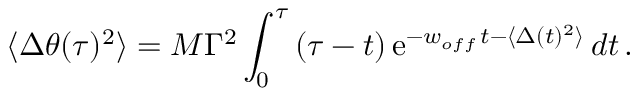
\langle \Delta \theta ( \tau ) ^ { 2 } \rangle = M \Gamma ^ { 2 } \int _ { 0 } ^ { \tau } \, ( \tau - t ) \, \mathrm { e } ^ { - w _ { o f f } \, t - \langle \Delta ( t ) ^ { 2 } \rangle } \, d t \, .